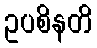
ဥပစိနတိ